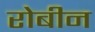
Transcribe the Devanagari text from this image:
रोबीन